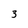
Character: 3